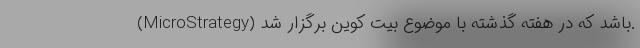
(MicroStrategy) باشد که در هفته گذشته با موضوع بیت کوین برگزار شد.